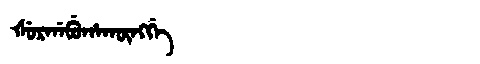
Manchu: ᡧᡠᡵᡤᠠᠪᡠᡥᠠᡴᡡᠩᡤᡝ
Romanization: ŠURGABUHAKŪNGGE